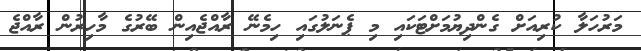
މަރުހަލާ ކުރިއަށް ގެންދިޔުމަށްޓަކައި މި ޕެނަލުގައި ހިމެނޭ ރާއްޖެއިން ބޭރުގެ މާހިރުން ރާއްޖެ